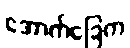
အောက်ခြေက